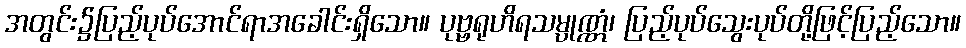
အတွင်း၌ပြည့်ပုပ်အောင်ရာအခေါင်းရှိသော။ ပုဗ္ဗရုဟိရသမ္ပုဏ္ဏံ၊ ပြည့်ပုပ်သွေးပုပ်တို့ဖြင့်ပြည့်သော။